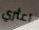
اعثري